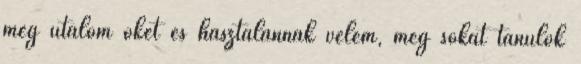
meg utálom őket és hasztalannak vélem, még sokat tanulok